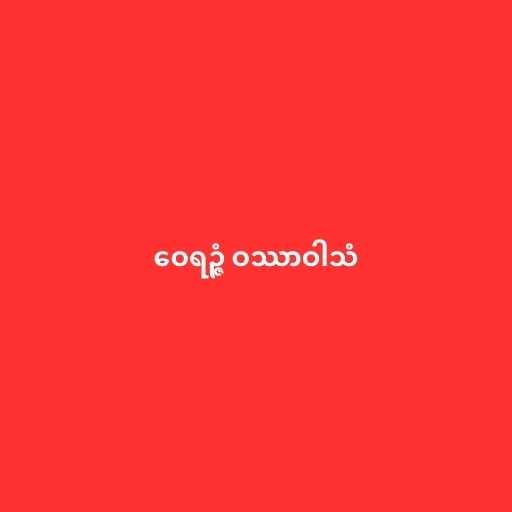
ဝေရဉ္ဇံ ဝဿာဝါသံ